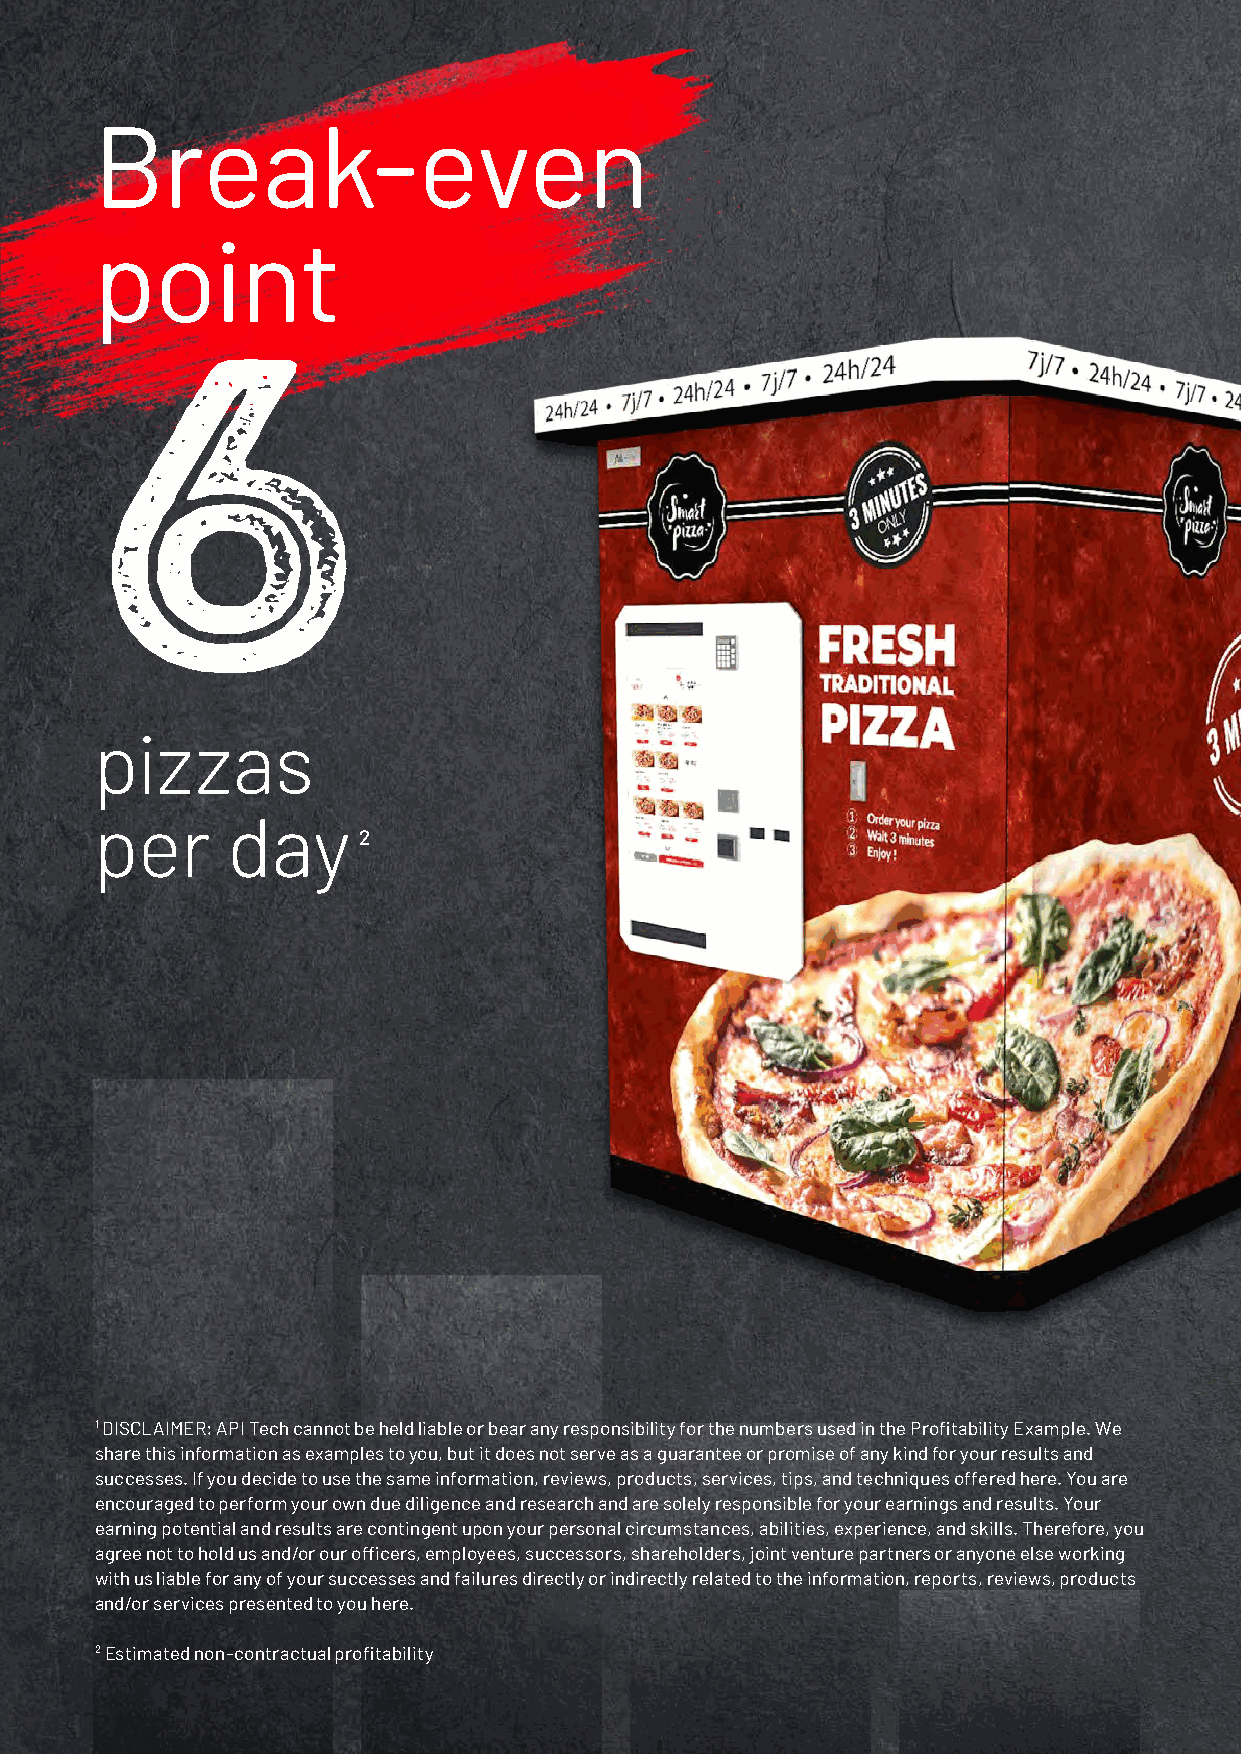
Break-even
 point
 6
 pizzas
 per      day
 2
 1 DISCLAIMER: API Tech cannot be held liable or bear any responsibility for the numbers used in the Profitability Example. We
 share this information as examples to you, but it does not serve as a guarantee or promise of any kind for your results and
 successes. If you decide to use the same information, reviews, products, services, tips, and techniques offered here. You are
 encouraged to perform your own due diligence and research and are solely responsible for your earnings and results. Your
 earning potential and results are contingent upon your personal circumstances, abilities, experience, and skills. Therefore, you
 agree not to hold us and/or our officers, employees, successors, shareholders, joint venture partners or anyone else working
 with us liable for any of your successes and failures directly or indirectly related to the information, reports, reviews, products
 and/or services presented to you here.
 2 Estimated non-contractual profitability
 19